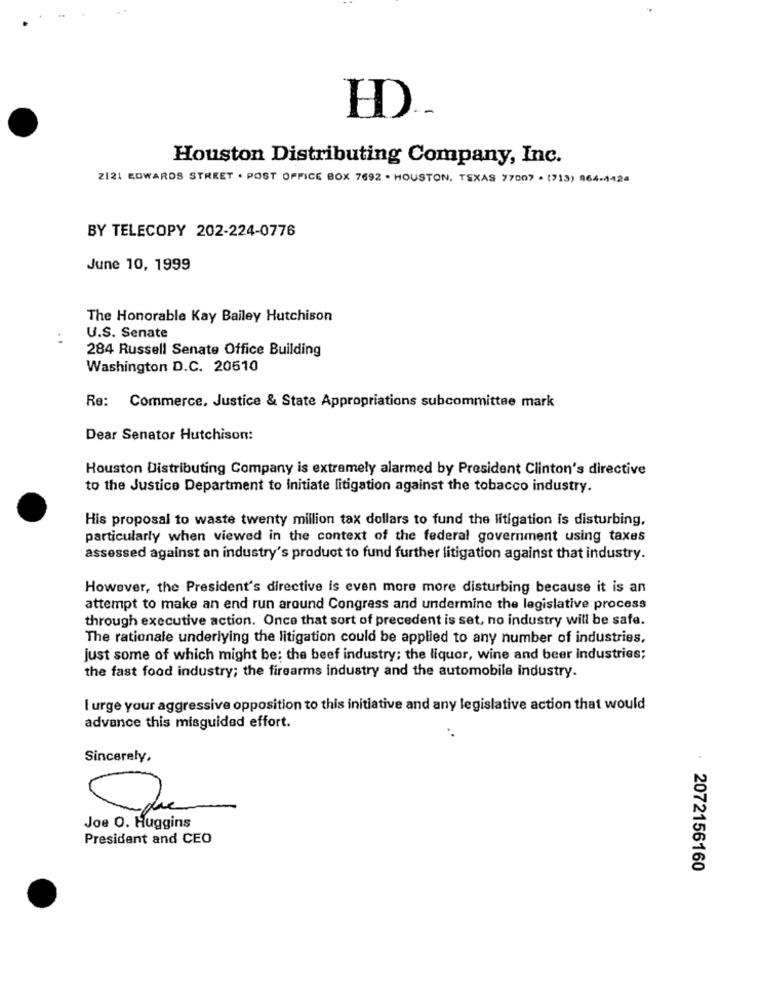
HD ..
Houston Distributing Company, Inc.
2121 EDWARDS STREET . POST OFFICE BOX 7692 . HOUSTON, TEXAS 77007 . (713) 964-4-124
BY TELECOPY 202-224-0776
June 10, 1999
The Honorable Kay Bailey Hutchison
U.S. Senate
284 Russell Senate Office Building
Washington D.C. 20510
Re: Commerce, Justice & State Appropriations subcommittee mark
Dear Senator Hutchison:
Houston Distributing Company is extremely alarmed by President Clinton's directive
to the Justice Department to Initiate litigation against the tobacco industry.
His proposal to waste twenty million tax dollars to fund the litigation is disturbing,
particularly when viewed in the context of the federal government using taxes
assessed against an industry's product to fund further litigation against that industry.
However, the President's directive is even more more disturbing because it is an
attempt to make an end run around Congress and undermine the legislative process
through executive action. Once that sort of precedent is set, no industry will be safe.
The rationale underlying the litigation could be applied to any number of industries.
just some of which might be; the beef industry; the liquor, wine and beer industries;
the fast food industry; the firearms industry and the automobile industry.
I urge your aggressive opposition to this initiative and any legislative action that would
advance this misguided effort.
Sincerely,
Joe O. Huggins
President and CEO
· 2072156160